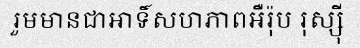
រួមមានជាអាទិ៍សហភាពអឺរ៉ុប រុស្ស៊ី